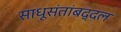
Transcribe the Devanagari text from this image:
साधूसंतांबद्दल